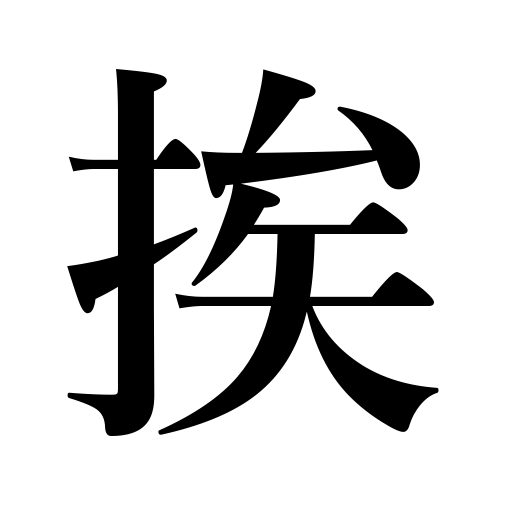
Meanings: push open